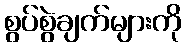
စွပ်စွဲချက်များကို